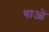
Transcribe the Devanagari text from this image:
थाओ